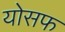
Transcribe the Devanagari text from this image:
योसफ